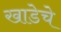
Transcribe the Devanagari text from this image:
खाडेचे